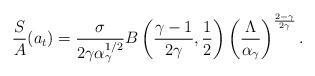
LaTeX: \begin{align*} \frac{S}{A}(a_{t})=\frac{\sigma}{2\gamma\alpha_{\gamma}^{1/2}}B\left (\frac{\gamma-1}{2\gamma},\frac{1}{2}\right)\left(\frac{\Lambda}{\alpha_{\gamma}}\right)^{\frac{2-\gamma}{2\gamma}}.\end{align*}